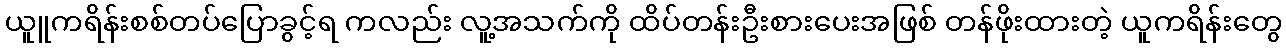
ယူူကရိန်းစစ်တပ်ပြောခွင့်ရ ကလည်း လူ့အသက်ကို ထိပ်တန်းဦးစားပေးအဖြစ် တန်ဖိုးထားတဲ့ ယူကရိန်းတွေ